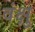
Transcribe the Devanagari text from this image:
वंक्षु